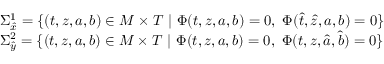
\begin{array} { r l } & { \Sigma _ { \hat { x } } ^ { 1 } = \{ ( t , z , a , b ) \in M \times T \ | \ \Phi ( t , z , a , b ) = 0 , \ \Phi ( \hat { t } , \hat { z } , a , b ) = 0 \} } \\ & { \Sigma _ { \hat { y } } ^ { 2 } = \{ ( t , z , a , b ) \in M \times T \ | \ \Phi ( t , z , a , b ) = 0 , \ \Phi ( t , z , \hat { a } , \hat { b } ) = 0 \} } \end{array}